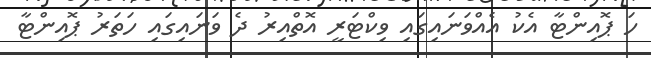
ހަ ޕޮއިންޓާ އެކު އެއްވަނައިގައި ވިކްޓަރީ އޮތްއިރު ދެ ވަނައިގައި ހަތަރު ޕޮއިންޓާ